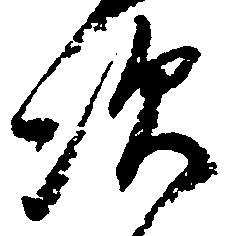
次